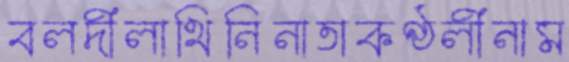
বলদীলাথিনিনাতাকণ্ঠলীনাম